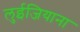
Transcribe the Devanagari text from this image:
लुईजियाना